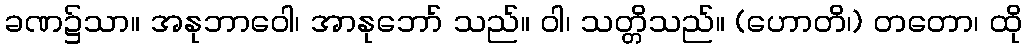
ခဏ၌သာ။ အနုဘာဝေါ၊ အာနုဘော် သည်။ ဝါ၊ သတ္တိသည်။ (ဟောတိ၊) တတော၊ ထို